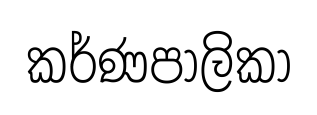
කර්ණපාලිකා